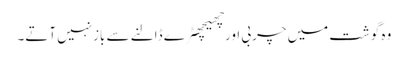
وہ گوشت میں چربی اورچھیچھٹرے ڈالنے سے بازنہیں آتے۔